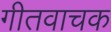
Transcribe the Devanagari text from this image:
गीतवाचक